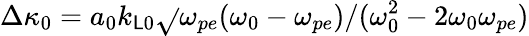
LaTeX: \Delta\kappa_{0}=a_{0}k_{\mathsf{L}0}\sqrt{}{{\omega_{pe}(\omega_{0}-\omega_{pe})/(\omega_{0}^{2}-2\omega_{0}\omega_{pe})}}